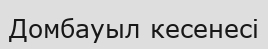
Домбауыл кесенесі